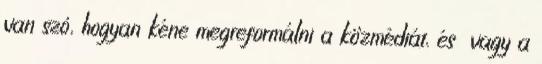
van szó, hogyan kéne megreformálni a közmédiát, és vagy a